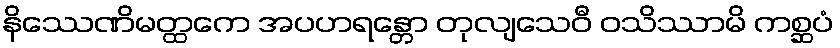
နိဿေဏိမတ္ထကေ အပဟရန္တော တုလျသေဝီ ဝသိဿာမိ ကစ္ဆပံ